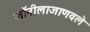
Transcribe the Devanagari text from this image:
जॉनीलाजाणवले